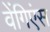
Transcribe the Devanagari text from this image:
वेंगिएंस